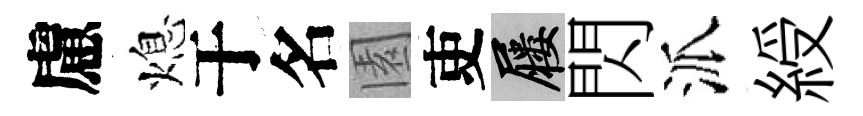
慮熄于名園吏屨閃派綬